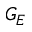
G _ { E }